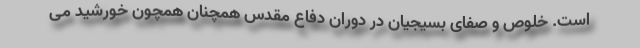
است. خلوص و صفای بسیجیان در دوران دفاع مقدس همچنان همچون خورشید می